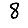
Digit: 8